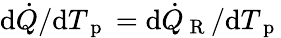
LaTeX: \mathrm{d}\dot{Q}/\mathrm{d}T_{\mathrm{~p~}}=\mathrm{d}\dot{Q}_{\mathrm{~R~}}/\mathrm{d}T_{\mathrm{~p~}}